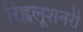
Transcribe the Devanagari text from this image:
रिह्वलूशनरी